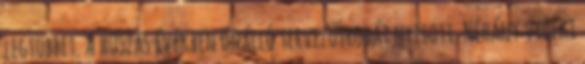
legtöbbet. A húszas években önálló tervezőirodát nyitott. Néhány vidéki